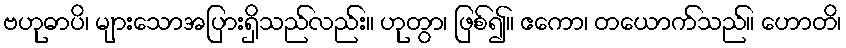
ဗဟုဓာပိ၊ များသောအပြားရှိသည်လည်း။ ဟုတွာ၊ ဖြစ်၍။ ဧကော၊ တယောက်သည်။ ဟောတိ၊